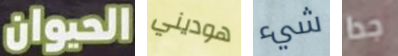
الحيوان هوديني شيء جدا